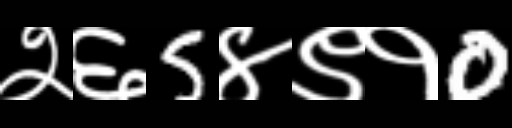
Text: २६5४९१0